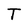
Character: T